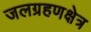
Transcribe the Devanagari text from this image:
जलग्रहणक्षेत्र